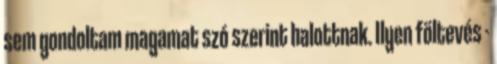
sem gondoltam magamat szó szerint halottnak. Ilyen föltevés -